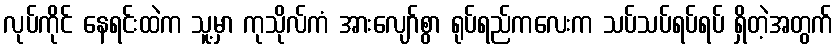
လုပ်ကိုင် နေရင်းထဲက သူ့မှာ ကုသိုလ်ကံ အားလျော်စွာ ရုပ်ရည်ကလေးက သပ်သပ်ရပ်ရပ် ရှိတဲ့အတွက်